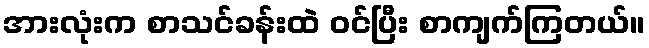
အားလုံးက စာသင်ခန်းထဲ ဝင်ပြီး စာကျက်ကြတယ်။